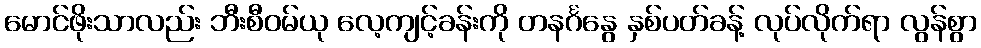
မောင်ဖိုးသာလည်း ဘီးစီဝမ်ယု လေ့ကျင့်ခန်းကို တနင်္ဂနွေ နှစ်ပတ်ခန့် လုပ်လိုက်ရာ လွန်စွာ